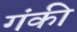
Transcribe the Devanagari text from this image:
गंकी